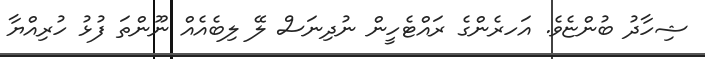
ޝިހާދު ބުންޏެވެ. އަހރެންގެ ރައްޓެހީން ނުދިނަސް ލޭ ލިބެއެއް ނޫންތަ ފުޅު ހުރިއްޔާ